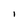
Character: I